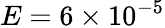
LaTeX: E=6\times 10^{-5}